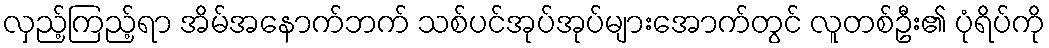
လှည့်ကြည့်ရာ အိမ်အနောက်ဘက် သစ်ပင်အုပ်အုပ်များအောက်တွင် လူတစ်ဦး၏ ပုံရိပ်ကို